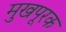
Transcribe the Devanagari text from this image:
मुखपूरक